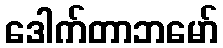
ဒေါက်တာဘမော်